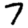
Digit: 7